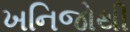
ખનિજોથી